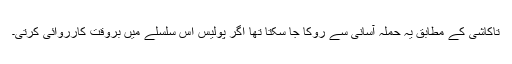
تاکاشی کے مطابق یہ حملہ آسانی سے روکا جا سکتا تھا اگر پولیس اس سلسلے میں بروقت کارروائی کرتی۔